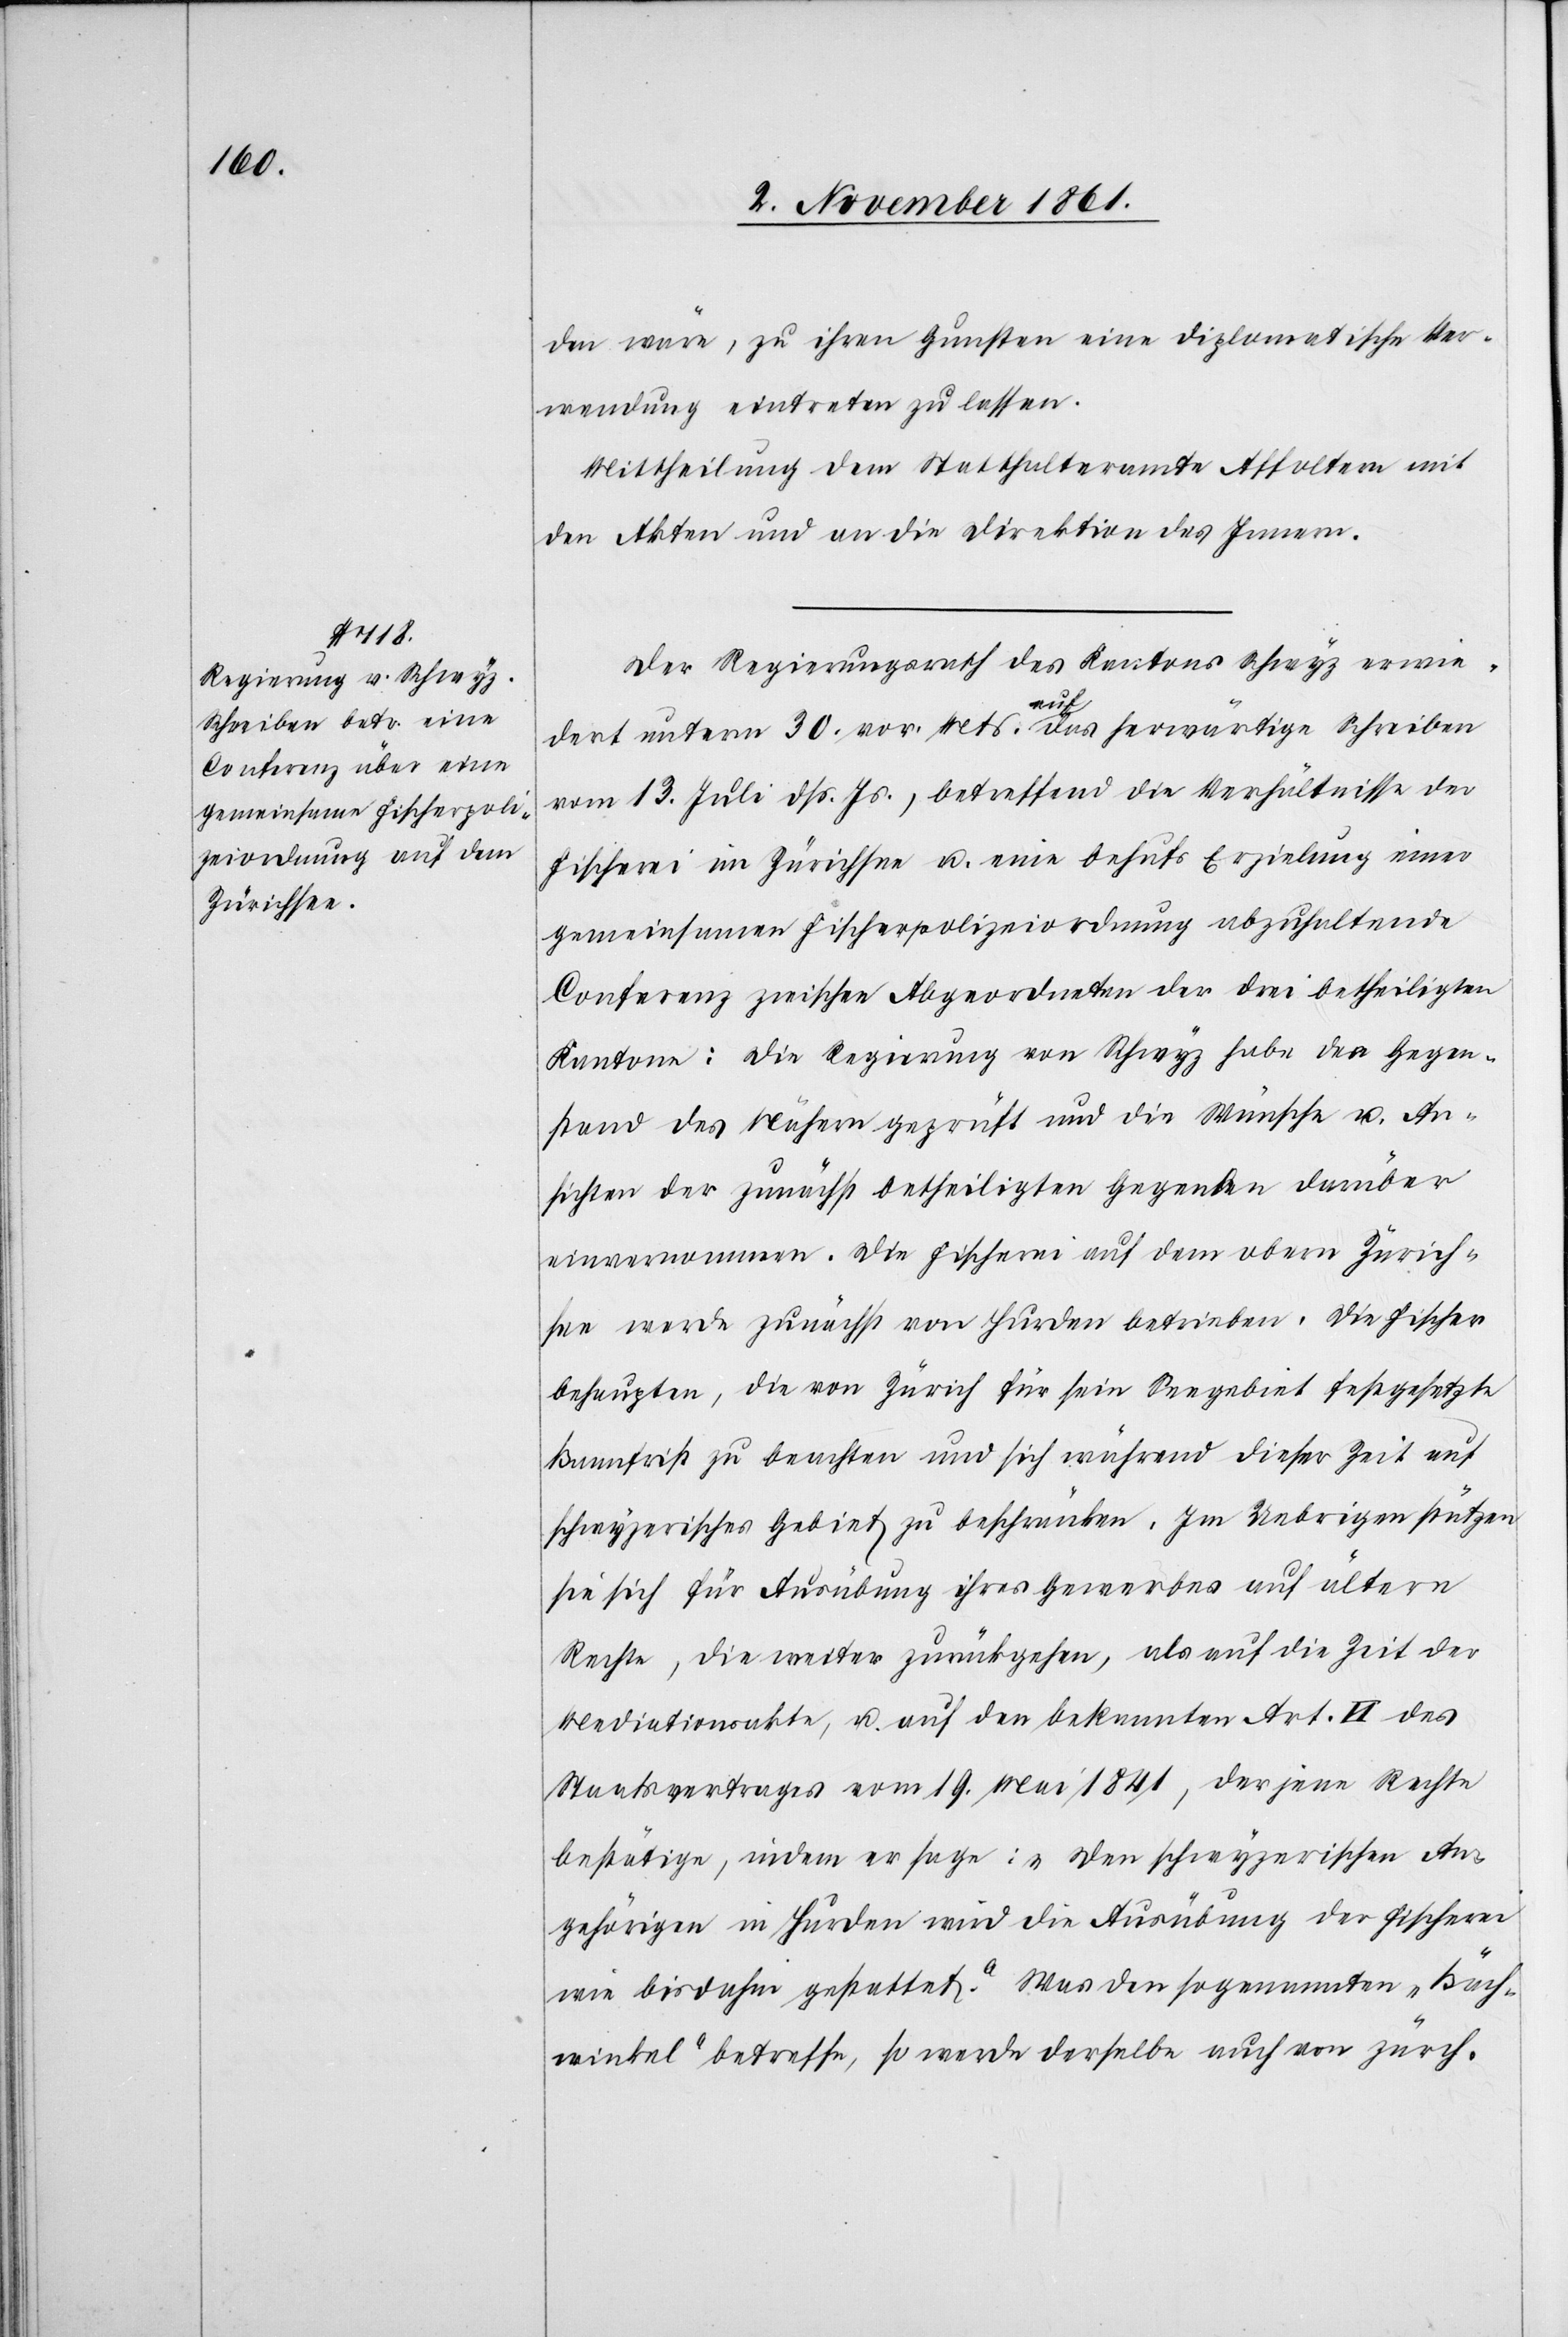
den wäre, zu ihren Gunsten eine diplomatische Ver¬
wendung eintreten zu lassen.
Der Regierungsrath des Kantons Schwyz erwie¬
dert unterm 30 v. Mts. auf das herwärtige Schreiben
vom 13 Juli dß. Js., betreffend die Verhältnisse der
Fischerei im Zürichsee u. eine behufs Erzielung einer
gemeinsamen Fischerpolizeiordnung abzuhaltende
Conferenz zwischen Abgeordneten der drei betheiligten
Kantone: Die Regierung von Schwyz habe den Gegen¬
stand des Nähern geprüft und die Wünsche u. An¬
sichten der zunächst betheiligten Gegenden darüber
einvernommen. Die Fischerei auf dem obern Zürich¬
see werde zunächst von Hurden betrieben. Die Fischer
behaupten, die von Zürich für sein Seegebiet festgesetzte
Bannfrist zu beachten und sich während dieser Zeit auf
schwyzerisches Gebiet zu beschränken. Im Uebrigen stützen
sie sich für Ausübung ihres Gewerbes auf ältere
Rechte, die weiter zurückgehen, als auf die Zeit der
Mediationsakte, u. auf den bekannten Art. II des
Staatsvertrages vom 19 Mai 1841, der jene Rechte
bestätige, indem er sage: „Den schwyzerischen An¬
gehörigen in Hurden wird die Ausübung der Fischerei
wie bisdahin gestattet.“ Was den sogenannten „Bäch¬
winkel“ betreffe, so werde derselbe auch von zürch.